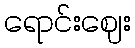
ရောင်းဈေး